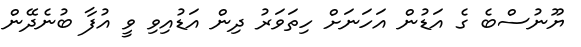
ޔޫނުސްބެ ގެ އަޑުން އަހަނަށް ހިތަވަރު ދިން އަޑުއިވި ވީ އުފާ ބުނެދޭން